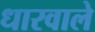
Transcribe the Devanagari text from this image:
धारवाले